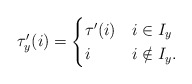
\begin{align*}\tau'_y(i) = \begin{cases}\tau'(i) &i \in I_y \\i &i \notin I_y.\end{cases}\end{align*}